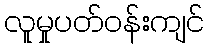
လူမှုပတ်ဝန်းကျင်